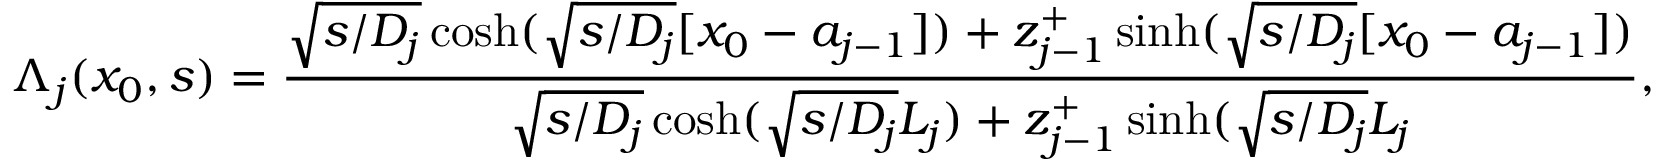
\Lambda _ { j } ( x _ { 0 } , s ) = \frac { \sqrt { s / D _ { j } } \cosh ( \sqrt { s / D _ { j } } [ x _ { 0 } - a _ { j - 1 } ] ) + z _ { j - 1 } ^ { + } \sinh ( \sqrt { s / D _ { j } } [ x _ { 0 } - a _ { j - 1 } ] ) } { \sqrt { s / D _ { j } } \cosh ( \sqrt { s / D _ { j } } L _ { j } ) + z _ { j - 1 } ^ { + } \sinh ( \sqrt { s / D _ { j } } L _ { j } } ,